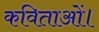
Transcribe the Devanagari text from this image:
कविताओं।